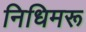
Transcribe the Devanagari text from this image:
निधिमरू